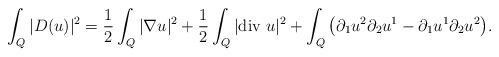
LaTeX: \begin{align*}\int_Q |D(u)|^2 = \frac{1}{2}\int_Q |\nabla u|^2 + \frac{1}{2}\int_Q|\mbox{div } u|^2 + \int_Q \big(\partial_1u^2\partial_2u^1 - \partial_1u^1\partial_2u^2\big).\end{align*}